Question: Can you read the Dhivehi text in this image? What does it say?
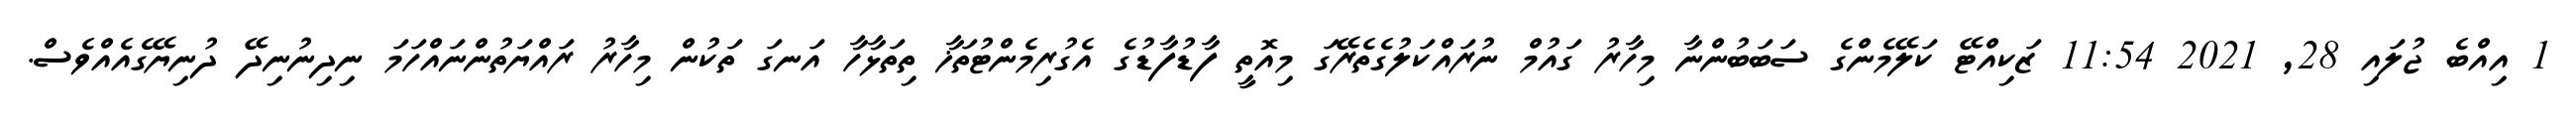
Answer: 1 އިއްބެ ޖުލައި 28, 2021 11:54 ޒަކިއްޓޭ ކަލޭމެންގެ ސަބަބުންނާ މިހާރު ގައުމް ނުރައްކަލުގެތެރޭގަ މިއޮތީ ފާޑުފާޑުގެ އެގުރިމެންޓުތަޚާ ތިތަޅާހާ އަނގަ ތަކުން މިހާރު ރައްޔަތުންނައްހަމަ ނިދިނުނިދޭ ދުނިޔޭގެއެއްވެސް.